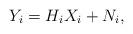
LaTeX: \begin{align*}Y_i=H_i X_i +N_i, \end{align*}